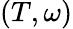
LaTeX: (T,\omega)